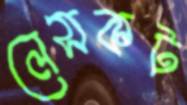
লেসকট